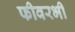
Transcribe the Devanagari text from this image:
फीवरभी